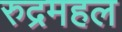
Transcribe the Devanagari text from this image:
रुद्रमहल